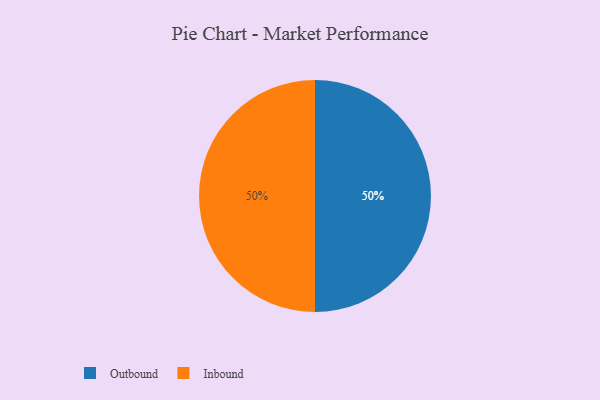
{"axis": {"x": "Category", "y": "Percentage"}, "legend": ["Inbound", "Outbound"], "data": [{"x": "Outbound", "y": 50, "type": "Outbound"}, {"x": "Inbound", "y": 50, "type": "Inbound"}]}